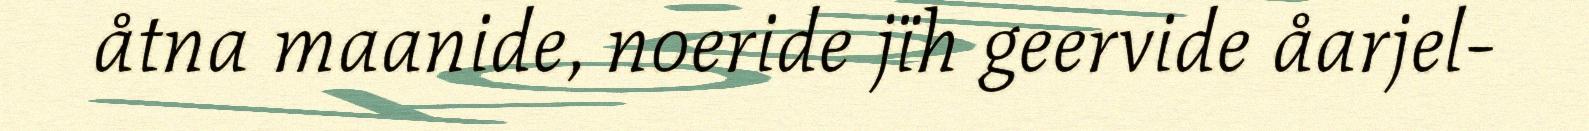
åtna maanide, noeride jïh geervide åarjel-